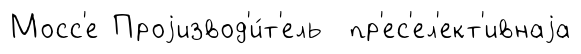
Мосс'е Проjизвод'и́т'ель пр'ес'ел'ект'ивнаjа